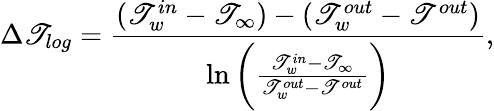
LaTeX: \Delta\mathscr{T}_{log}=\frac{{(\mathscr{T}_{w}^{in}-\mathscr{T}_{\infty})-(\mathscr{T}_{w}^{out}-\mathscr{T}^{out})}}{{\ln\bigg(\frac{{\mathscr{T}_{w}^{in}-\mathscr{T}_{\infty}}}{{\mathscr{T}_{w}^{out}-\mathscr{T}^{out}}}\bigg)}},